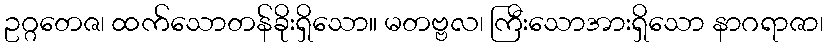
ဥဂ္ဂတေဇ၊ ထက်သောတန်ခိုးရှိသော။ မတဗ္ဗလ၊ ကြီးသောအားရှိသော နာဂရာဇာ၊